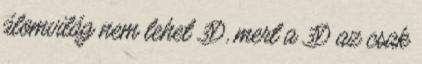
álomvilág nem lehet 3D, mert a 3D az csak